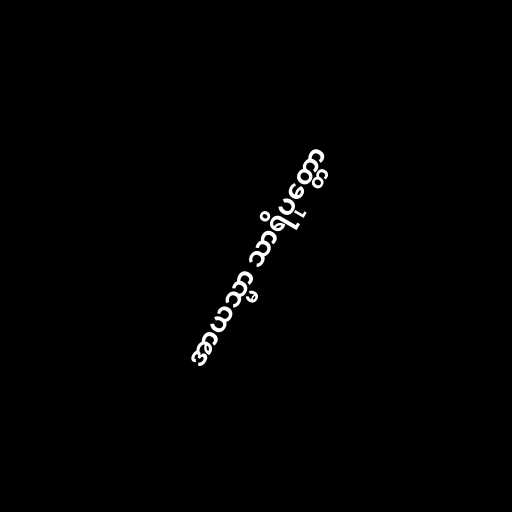
အာယသ္မာ သာရိပုတ္တော